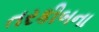
તરકીબના